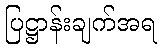
ပြဋ္ဌာန်းချက်အရ